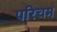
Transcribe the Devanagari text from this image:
परिचम